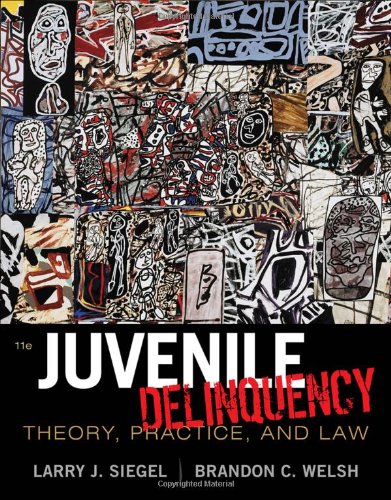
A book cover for Juvenile Delinquency: Theory, Practice, and Law; Larry J. Siegel; Law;